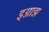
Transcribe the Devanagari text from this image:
इग्नाझ